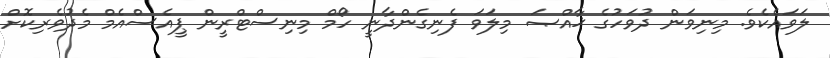
ލަވައެކެވެ. މިނިވަން ދުވަހުގެ ޚާއްޞަ މިލަވަ ފެނިގެންދާނީ ހޯމް މިނިސްޓްރީން ޕީއެސްއެމް މެދުވެރިކޮށް